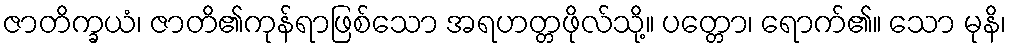
ဇာတိက္ခယံ၊ ဇာတိ၏ကုန်ရာဖြစ်သော အရဟတ္တဖိုလ်သို့။ ပတ္တော၊ ရောက်၏။ သော မုနိ၊